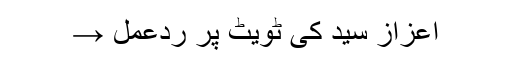
اعزاز سید کی ٹویٹ پر ردعمل →